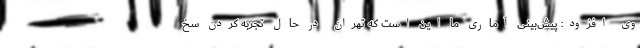
وی افزود: پیش‌بینی آماری ما این است که تهران در حال تجربه کردن سخ